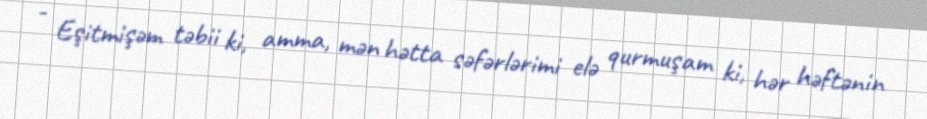
- Eşitmişəm təbii ki, amma, mən hətta səfərlərimi elə qurmuşam ki, hər həftənin